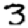
Digit: 3